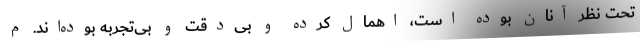
تحت نظر آنان بوده است، اهمال کرده و بی‌دقت و بی‌تجربه بوده‌اند. م